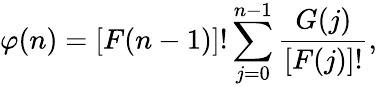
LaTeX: \varphi(n)=[F(n-1)]!\sum_{j=0}^{n-1}\frac{G(j)}{[F(j)]!},